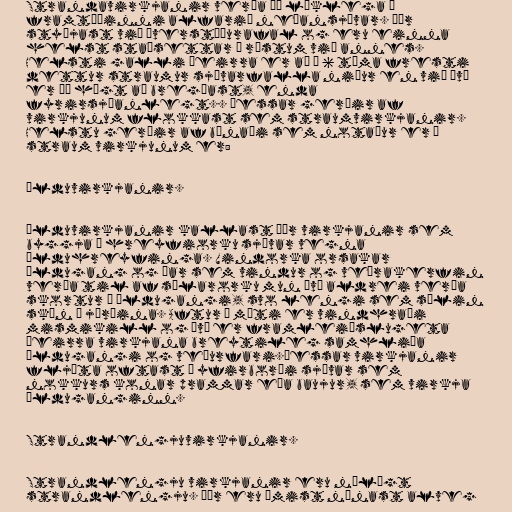
Strandavirkjanir verða þó líklega í
framtíðinni alfarið neðansjávar. Þær
styðjast við þverstöðurafal og eru einna
helst staðsettar í röstum við annes.
Helsti galli þeirra er að á 6 tíma fresti
dettur straumur sjávarfalla niður en við því
er þó hægt að bregðast, enda
fyrirsjáanlegt.. Þessar gerðir af
virkjunum flokkast sem straumvirkjanir.
Helstu gerðir af búnaði sem notaður er í
straum virkjunum er:

Ölduvirkjanir.

Ölduvirkjanir kallast þær virkjanir sem
byggja á hreyfiorku sjávar vegna
ölduhreyfinga. Vindorka orsakar
öldugang og þar sem vindur og veðrakerfin
verða til af sólarorku mun því aldrei verða
skortur á öldugangi, svo lengi sem sólin
skín á jörðina. Aftur á móti er vindhraði
mismikill og því er framleiðslugeta
þeirra virkjana breytileg samhliða
öldugangi og veðurfari.Þessar virkjanir
fljóta oftast á yfirborði sjávar sem
nokkurs konar prammar eða baujur, sem virkja
ölduganginn.

Strandlengjuvirkjanir.

Strandlengju virkjanir eru nálægt
strandlengju. Þær eru ýmist nánast alveg